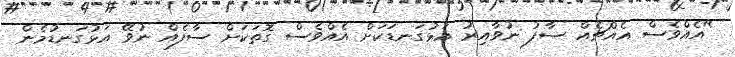
"އެއްވެސް އެއްޗެއް ސާފު ނުވާއިރު އަޅުގަނޑަކަށް އެއްވެސް ގޮތަކަށް ސާފެއް ނުވޭ އަޅުގަނޑުމެން